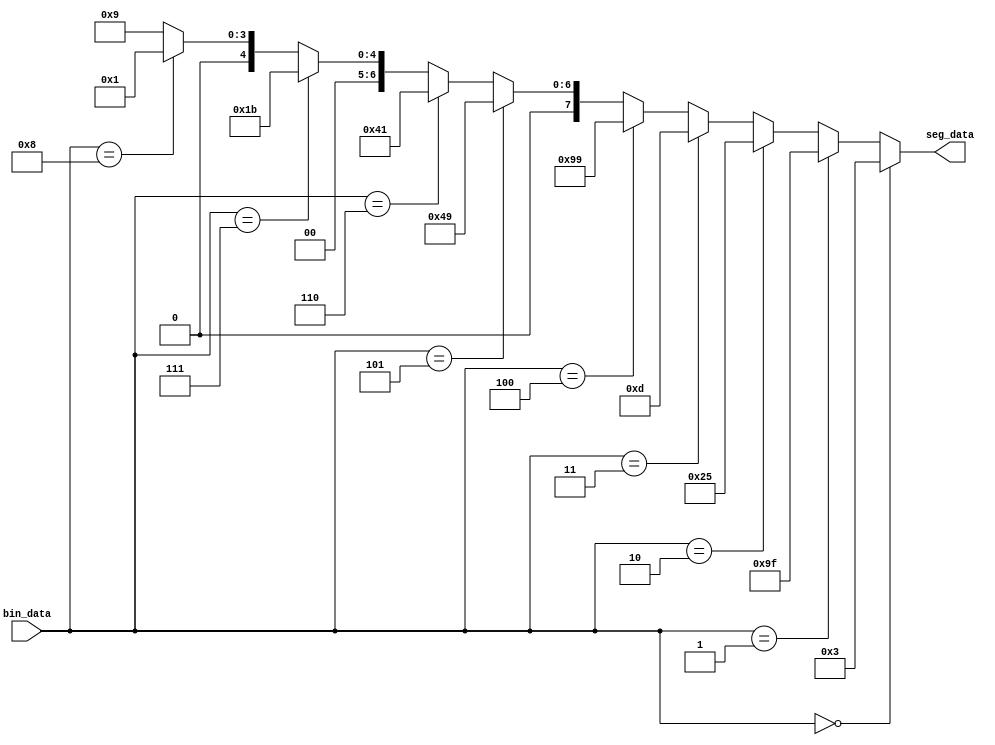
`timescale 1ns / 1ps
//////////////////////////////////////////////////////////////////////////////////
// Company: 
// Engineer: 
// 
// Design Name: 
// Module Name:    bin2seg 
// Project Name: 
// Target Devices: 
// Tool versions: 
// Description: 
//
// Dependencies: 
//
// Revision: 
// Revision 0.01 - File Created
// Additional Comments: 
//
//////////////////////////////////////////////////////////////////////////////////
module bin2seg(
	input [3:0] bin_data,
	output wire [7:0] seg_data
);

assign seg_data = (bin_data==0)?8'b00000011:
						(bin_data==1)?8'b10011111:
						(bin_data==2)?8'b00100101:
						(bin_data==3)?8'b00001101:
						(bin_data==4)?8'b10011001:
						(bin_data==5)?8'b01001001:
						(bin_data==6)?8'b01000001:
						(bin_data==7)?8'b00011011:
						(bin_data==8)?8'b00000001:
						8'b00001001;

endmodule